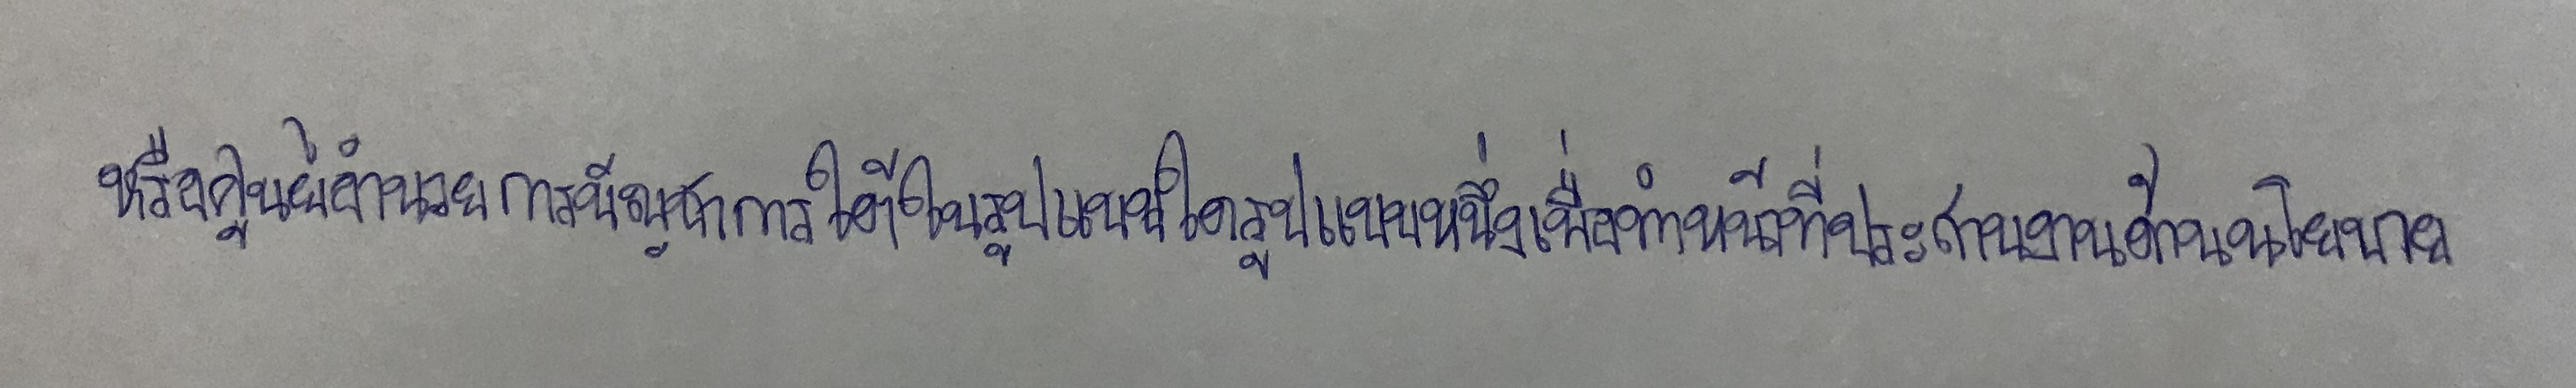
หรือศูนย์อำนวยการบัญชาการภาคใต้ในรูปแบบใดรูปแบบหนึ่งเพื่อทำหน้าที่ประสานงานด้านนโยบาย